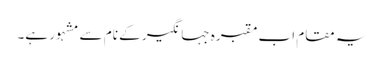
یہ مقام اب مقبرہ جہانگیر کے نام سے مشہور ہے۔